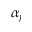
\alpha _ { j }